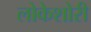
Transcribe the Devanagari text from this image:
लोकेशोरी